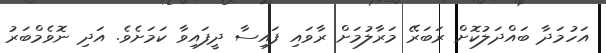
އަހުމަދާ ބައްދަލުކޮށް ރަބަރޭ މަރާލުމަށް ރާވައި ފައިސާ ދީފައިވާ ކަމަށެވެ. އަދި ނޮވެމްބަރު